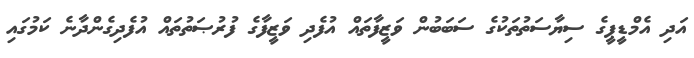
އަދި އެމްޑީޕީގެ ސިޔާސަތުތަކުގެ ސަބަބުން ވަޒީފާތައް އުފެދި ވަޒީފާގެ ފުރުޞަތުތައް އުފެދިގެންދާނެ ކަމުގައި